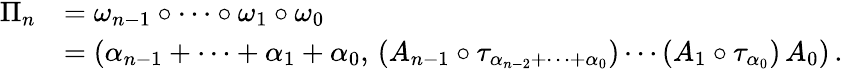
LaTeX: \begin{array}{rl}{\Pi_{n}}&{=\omega_{n-1}\circ\cdots\circ\omega_{1}\circ\omega_{0}}\\ &{=\left(\alpha_{n-1}+\cdots+\alpha_{1}+\alpha_{0},\, (A_{n-1}\circ\tau_{\alpha_{n-2}+\cdots+\alpha_{0}})\cdots(A_{1}\circ\tau_{\alpha_{0}})\, A_{0}\right)\, .}\end{array}